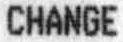
CHANGE